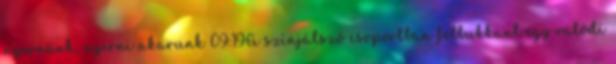
nyernünk, nyerni akarunk 09:19A színjátszó csoportban felbukkant egy valódi